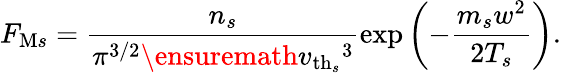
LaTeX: F_{\mathrm{M}s}=\frac{n_{s}}{\pi^{3/2}\ensuremath{v_{\mathrm{th}_{s}}}^{3}}\exp\left(-\frac{m_{s}w^{2}}{2T_{s}}\right).